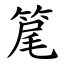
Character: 䇻